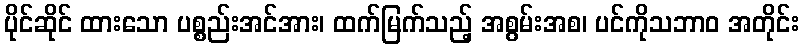
ပိုင်ဆိုင် ထားသော ပစ္စည်းအင်အား၊ ထက်မြက်သည့် အစွမ်းအစ၊ ပင်ကိုသဘာဝ အတိုင်း